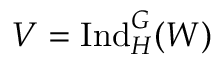
V = { \mathrm { I n d } } _ { H } ^ { G } ( W )